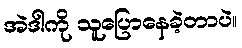
အဲဒါကို သူပြောနေခဲ့တာပဲ။